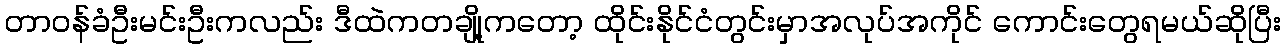
တာဝန်ခံဦးမင်းဦးကလည်း ဒီထဲကတချို့ကတော့ ထိုင်းနိုင်ငံတွင်းမှာအလုပ်အကိုင် ကောင်းတွေရမယ်ဆိုပြီး